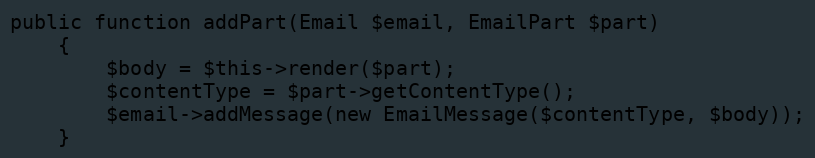
Language: PHP
public function addPart(Email $email, EmailPart $part)
    {
        $body = $this->render($part);
        $contentType = $part->getContentType();
        $email->addMessage(new EmailMessage($contentType, $body));
    }